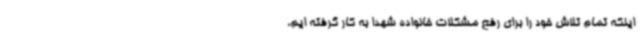
اینکه تمام تلاش خود را برای رفع مشکلات خانواده شهدا به کار گرفته ایم،